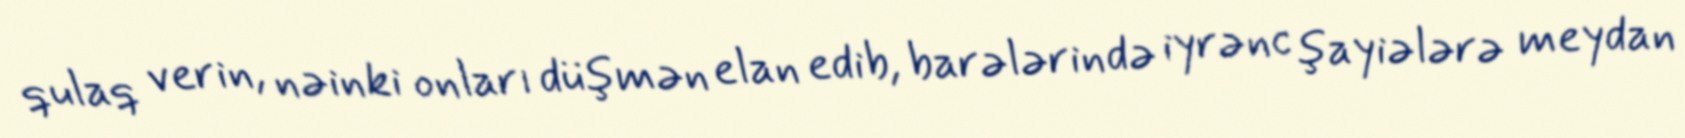
qulaq verin, nəinki onları düşmən elan edib, barələrində iyrənc şayiələrə meydan